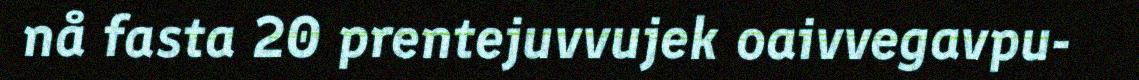
nå fasta 20 prentejuvvujek oaivvegavpu-